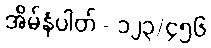
အိမ်နံပါတ် - ၁၂၃/၄၅၆